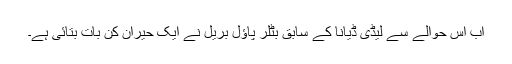
اب اس حوالے سے لیڈی ڈیانا کے سابق بٹلر پاﺅل بریل نے ایک حیران کن بات بتائی ہے۔